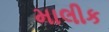
માલીક